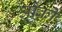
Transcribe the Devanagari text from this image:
ओको